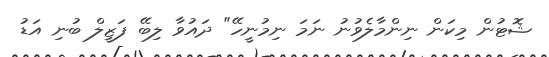
ޝޮޓުން މިކަން ނިންމާލެވުނު ނަމަ ނިމުނީހޭ" ދައުވާ ލިބޭ ފަޒީލް ބުނި އަޑު